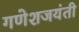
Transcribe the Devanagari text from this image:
गणेशजयंती